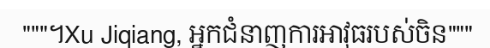
"""។Xu Jiqiang, អ្នកជំនាញការអាវុធរបស់ចិន"""